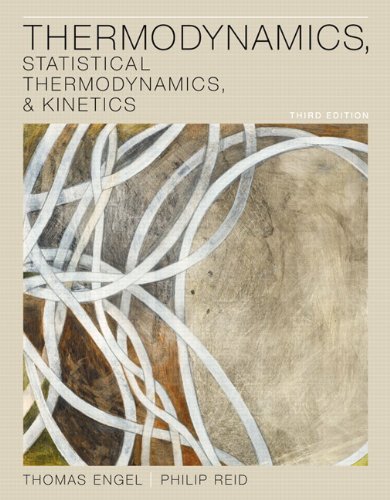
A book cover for Thermodynamics, Statistical Thermodynamics, & Kinetics (3rd Edition); Thomas Engel; Science & Math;